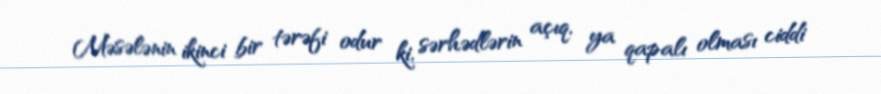
Məsələnin ikinci bir tərəfi odur ki, sərhədlərin açıq, ya qapalı olması ciddi